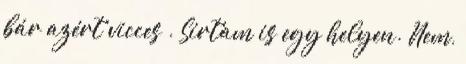
bár azért vicces . Sírtam is egy helyen. Nem,